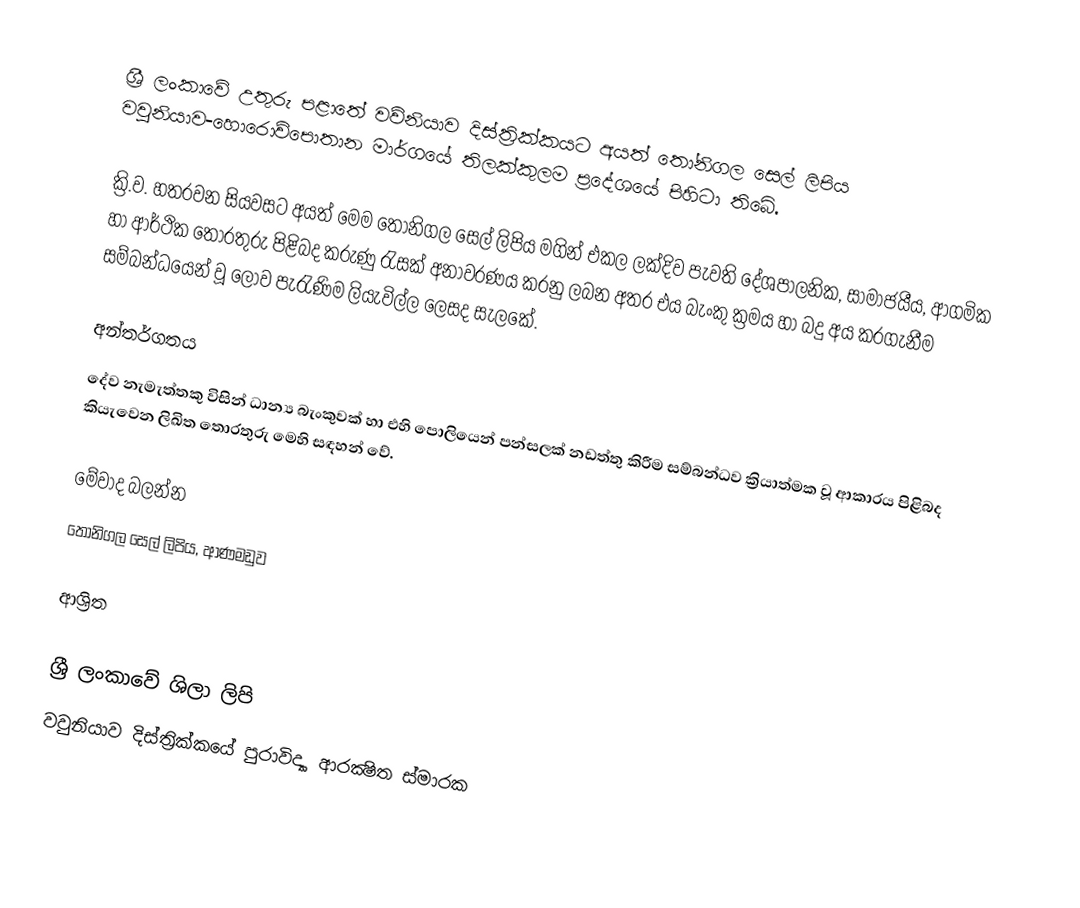
ශ්‍රී ලංකාවේ උතුරු පළාතේ වව්නියාව දිස්ත්‍රික්කයට අයත් තෝනිගල සෙල් ලිපිය වවුනියාව-හොරොව්පොතාන මාර්ගයේ තිලක්කුලම ප්‍රදේශයේ පිහිටා තිබේ.

ක්‍රි.ව. හතරවන සියවසට අයත් මෙම තෝනිගල සෙල් ලිපිය මගින් එකල ලක්‌දිව පැවති දේශපාලනික, සාමාජයීය, ආගමික හා ආර්ථික තොරතුරු පිළිබද කරුණු රැසක් අනාවරණය කරනු ලබන අතර එය බැංකු ක්‍රමය හා බදු අය කරගැනීම සම්බන්ධයෙන් වූ ලොව පැරැණිම ලියැවිල්ල ලෙසද සැලකේ.

අන්තර්ගතය
දේව නැමැත්තකු විසින් ධාන්‍ය බැංකුවක් හා එහි ‍පොලියෙන් පන්සලක් නඩත්තු කිරීම සම්බන්ධව ක්‍රියාත්මක වූ ආකාරය පිළිබද කියැවෙන ලිඛිත තොරතුරු මෙහි සඳහන් වේ.

මේවාද බලන්න
තෝනිගල සෙල් ලිපිය, ආණමඩුව

ආශ්‍රිත

ශ්‍රී ලංකාවේ ශිලා ලිපි
වවුනියාව දිස්ත්‍රික්කයේ පුරාවිද්‍යා ආරක්‍ෂිත ස්මාරක